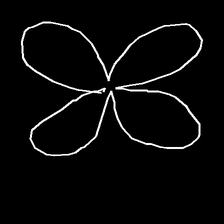
Glyph: billowing